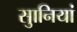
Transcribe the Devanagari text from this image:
सुानियां